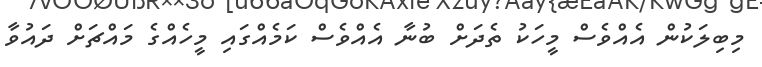
މިބިލަކުން އެއްވެސް މީހަކު ތެދަށް ބުނާ އެއްވެސް ކަމެއްގައި މީހެއްގެ މައްޗަށް ދައުވާ